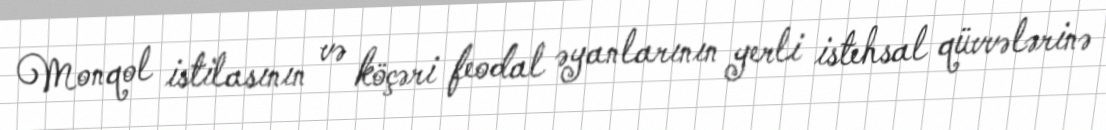
Monqol istilasının və köçəri feodal əyanlarının yerli istehsal qüvvələrinə